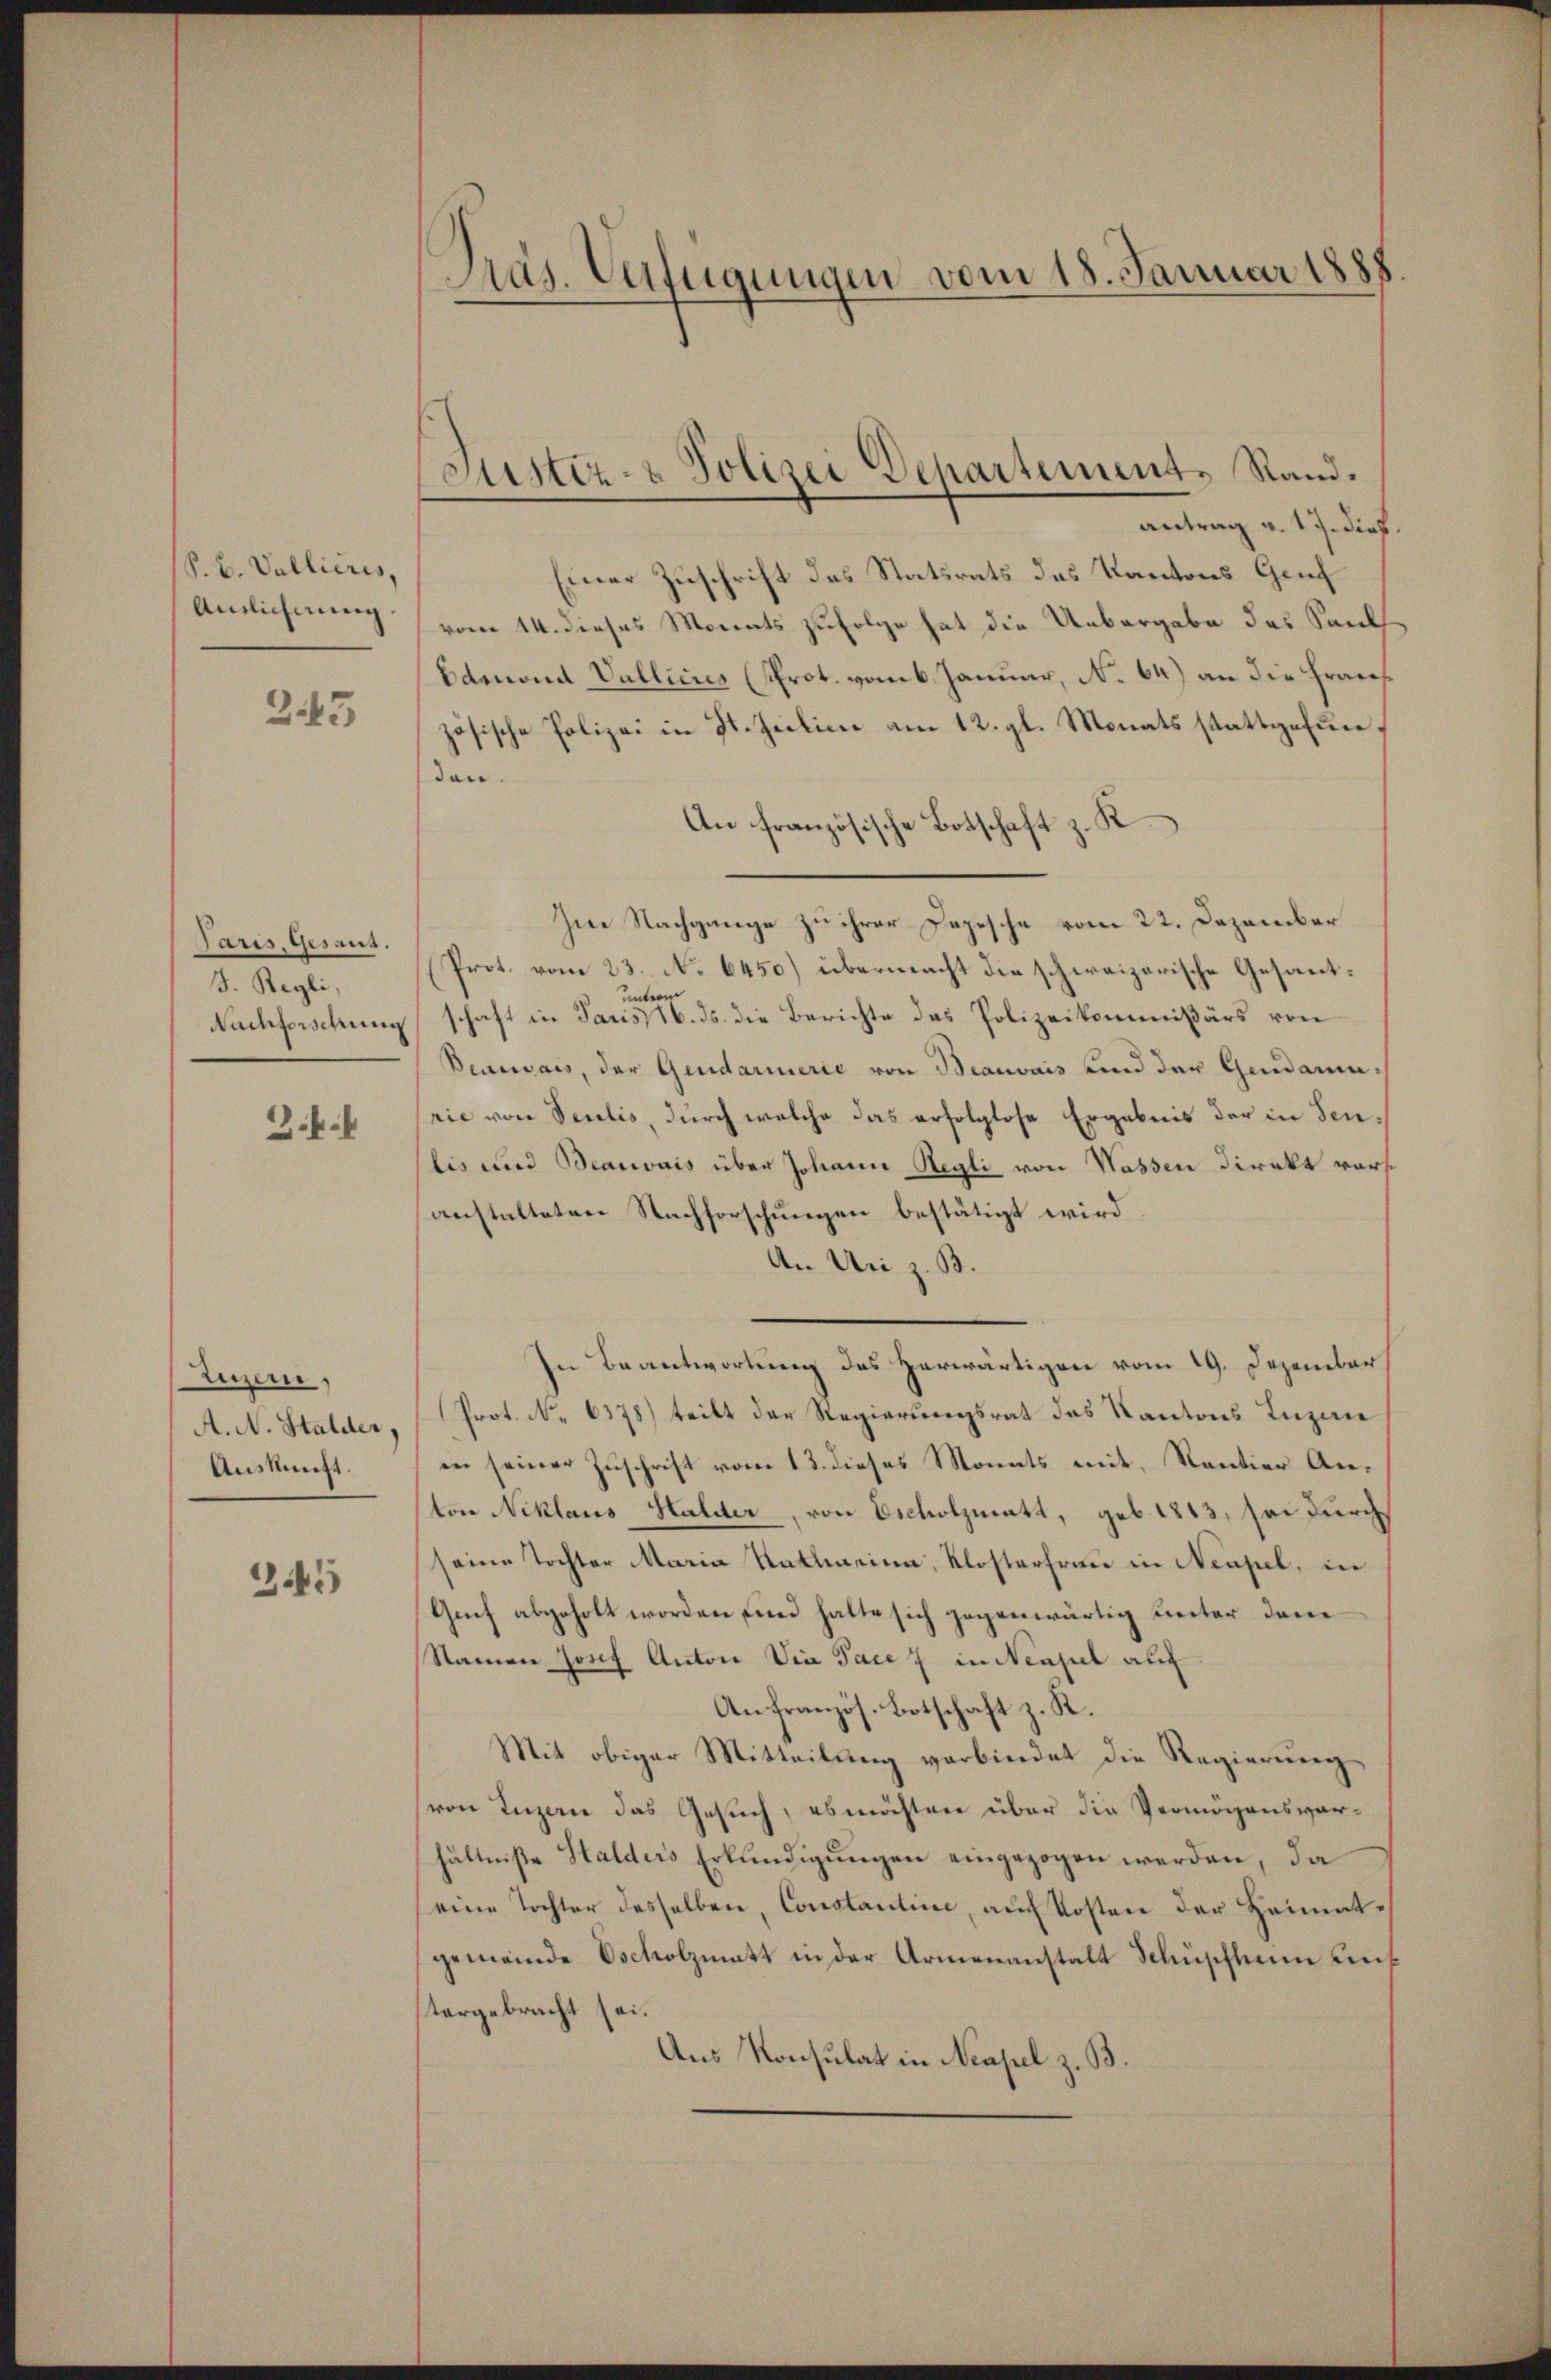
S. B. Valliciis,
Anlicherung

245

Paris, Gesant.
J. Regli,
Nachforschung

.

Luzern,
A. N. Stalder,
Auskunft.

245

Pas. Verfügungen vom 18. Januar 1888

Justiz- & Polizei Departement. Rand.
antrag v. 17. dieß

Einer Zuschrift das Statsrats das Kantons Genf
vom 14. dieses Monats zufolge hat die Uebergabe das Sand¬
Eamond Vallieres (Prot. vom 6. Januar, No 64) an die Frau
zösische Polizei in St. Zeilice am 12. gl. Monats stattgefunden.
An französische Botschaft z. K.
Im Nachgange zu ihrer Depesche vom 22. Dezember
Prot. vom 23. No 6450) übermacht die schweizerische Gesantunterm
schaft in Paris 16. ds. die Berichte das Polizeikommißärs von
Benewais, der Gendarmerie von Beauvais und der Gendamenrie von Seelis, durch welche das erfolglose Ergebnis der in Senlis und Beauvais über Johann Regli von Wassen Direkt vorsanstalteten Nachforschungen bestätigt wird
An Uri z. B.
In Beantwortung des Herwärtigen vom 19. Dezember
Prot. No 6378) teilt der Regierungsrat des Kantons Luzau
in seiner Zuschrift vom 13. dieses Monats mit, Kantier Anton Niklaus Halder, von Escholzmatt, geb. 1813, sei durch
seine Tochter Maria Stalleine, Klosterfrau in Neapel, in
Grf abgeholt worden find halte sich gegenwärtig unter dem
Namen Josef Anton Via Pace  in Neapel auf
An französ. Botschaft z. R.
Mit obiger Mitteilung verbindet die Regierung
von Luzern das Gesuch, es möchten über die Vermögensverhältniße Halders Erkundigungen eingezogen werden, da
eine Tochter desselben, Constantine, auch Kosten der Heimatgemeinde Oscholzmatt in der Armenanstalt Schüpflum uns
tergebracht sei.
Aus Konsulat in Neapel z. B.